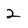
Character: 2